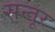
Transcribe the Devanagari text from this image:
सन्तूर